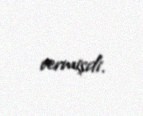
vermişdi.